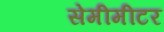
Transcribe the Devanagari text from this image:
सेमीमीटर